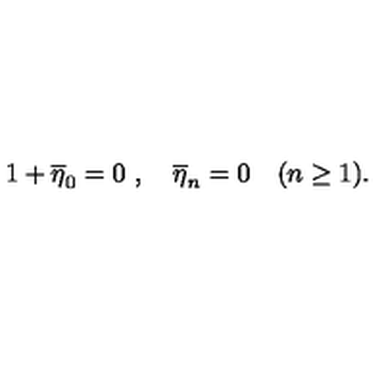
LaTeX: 1 + \overline { { \eta } } _ { 0 } = 0 \ , \quad \overline { { \eta } } _ { n } = 0 \quad ( n \ge 1 ) .